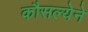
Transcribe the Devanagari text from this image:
कौसल्येने